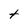
Character: t